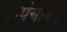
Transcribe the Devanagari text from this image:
प्रपंचाकडे